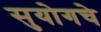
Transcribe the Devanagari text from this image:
सुयोगचे